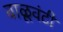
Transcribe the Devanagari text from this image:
वाळूवंटी